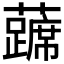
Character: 𰲔